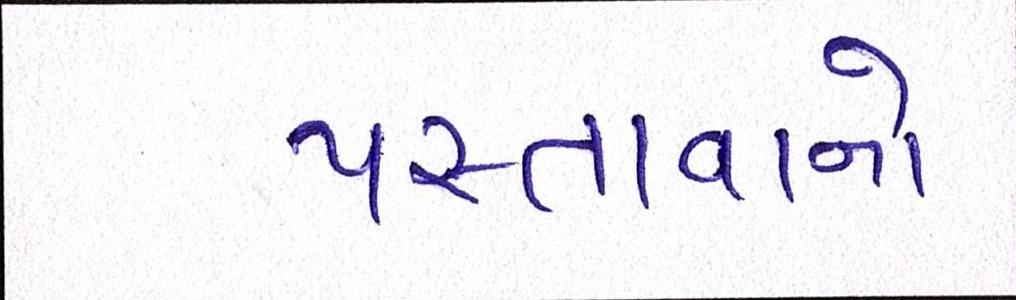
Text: પસ્તાવાનો